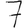
Digit: 7